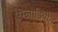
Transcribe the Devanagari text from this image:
एम्लोडिपीन